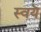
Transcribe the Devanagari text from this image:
स्वयॆ